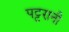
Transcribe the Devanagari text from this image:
पट्टरानी